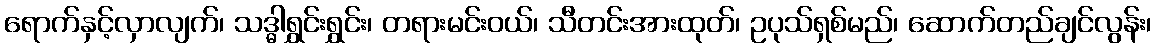
ရောက်နှင့်လှာလျက်၊ သဒ္ဓါရွှင်းရွှင်း၊ တရားမင်းဝယ်၊ သီတင်းအားထုတ်၊ ဥပုသ်ရှစ်မည်၊ ဆောက်တည်ချင်လွန်း၊